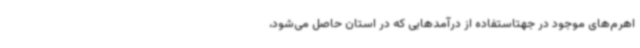
اهرم‌های موجود در جهتاستفاده از درآمدهایی که در استان حاصل می‌شود،